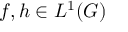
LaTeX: f , h \in L ^ { 1 } ( G )